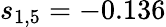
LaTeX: s_{1,5}=-0.136